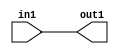
`timescale 1ps / 1ps

// Generated by Cadence Genus(TM) Synthesis Solution 17.11-s014_1
// Generated on: Apr 12 2022 21:20:34 CST (Apr 12 2022 13:20:34 UTC)

module GaussFilter_Add_4U_8_4(in1, out1);
  input [3:0] in1;
  output [3:0] out1;
  wire [3:0] in1;
  wire [3:0] out1;
  assign out1[0] = in1[0];
  assign out1[1] = in1[1];
  assign out1[2] = in1[2];
  assign out1[3] = in1[3];
endmodule